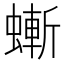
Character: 螹